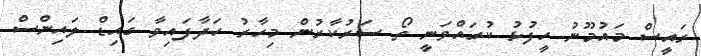
ރައީސް މައުމޫނު ހީފުޅު ކުރައްވަނީ ތޯ ސަރުކާރުން މިހާރު ހަދާފައިވާ ގައިޑް ލައިންސް